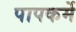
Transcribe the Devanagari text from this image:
पापकर्मे